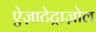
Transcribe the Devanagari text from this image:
ऐज़ाटेट्राज़ोल